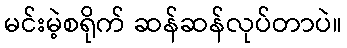
မင်းမဲ့စရိုက် ဆန်ဆန်လုပ်တာပဲ။